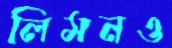
লিমনও